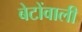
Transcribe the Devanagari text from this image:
बेटोंवाली